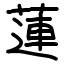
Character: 蓮